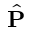
\hat { \mathbf { P } }